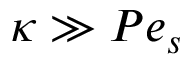
\kappa \gg P e _ { s }